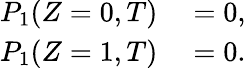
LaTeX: \begin{array}{rl}{P_{1}(Z=0,T)}&{{}=0,}\\ {P_{1}(Z=1,T)}&{{}=0.}\end{array}